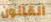
القانون